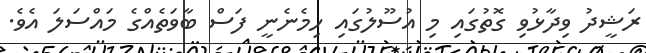
ރަޝީދު ވިދާޅުވި ގޮތުގައި މި އުސޫލުގައި ހިމެނެނީ ފަސް ބާވަތެއްގެ މައްސަލަ އެވެ.